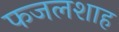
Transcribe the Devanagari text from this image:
फजलशाह